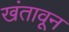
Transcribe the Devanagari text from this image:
खंतावून